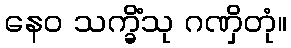
နေဝ သက္ခိံသု ဂဏှိတုံ။